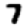
Digit: 7